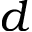
d